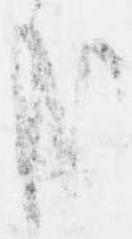
哉